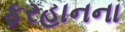
ફરહાનના